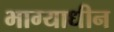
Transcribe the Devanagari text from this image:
भाग्याधीन